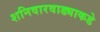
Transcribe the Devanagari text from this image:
शनिवारवाड्याकडे